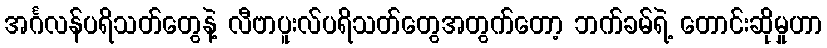
အင်္ဂလန်ပရိသတ်တွေနဲ့ လီဗာပူးလ်ပရိသတ်တွေအတွက်တော့ ဘက်ခမ်ရဲ့ တောင်းဆိုမှုဟာ